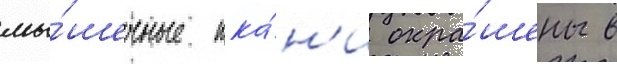
мы́шечные тка́н'и окра́шены в